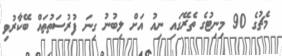
މެޗުގެ 90 މިނިޓުގެ ތެރޭގައި ނިއު އަށް ލިބުނު ގިނަ ފުރުސަތުތައް ބޭކާރުވި